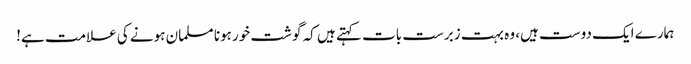
ہمارے ایک دوست ہیں، وہ بہت زبرست بات کہتے ہیں کہ گوشت خور ہونا مسلمان ہونے کی علامت ہے!